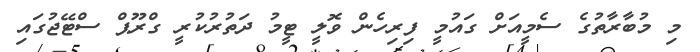
މި މުބާރާތުގެ ސެމީއަށް ގައުމީ ފިރިހެން ވޮލީ ޓީމު ދަތުރުކުރީ ގްރޫޕް ސްޓޭޖުގައި